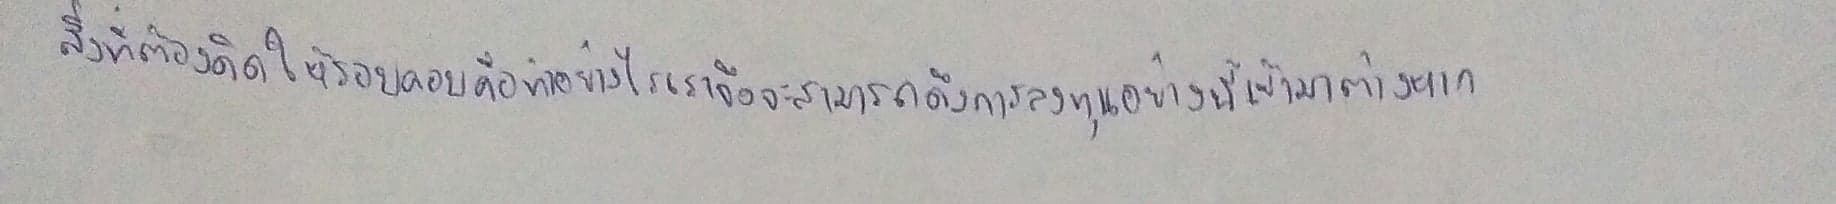
สิ่งที่ต้องคิดให้รอบคอบคือทำอย่างไรเราจึงจะสามารถดึงการลงทุนอย่างนี้เข้ามาต่างหาก